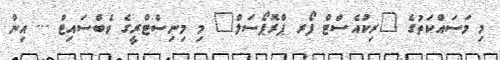
މި މަސައްކަތުގެ "ރިކުއެސްޓް ފޯރ ޕްރޮޕޯސަލް" މި މިނިސްޓްރީގެ ވެބްސައިޓް ... އިން